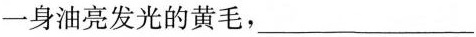
一身油亮发光的黄毛，___